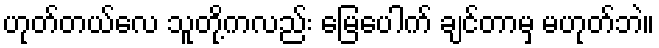
ဟုတ်တယ်လေ သူတို့ကလည်း မြေပေါက် ချင်တာမှ မဟုတ်ဘဲ။